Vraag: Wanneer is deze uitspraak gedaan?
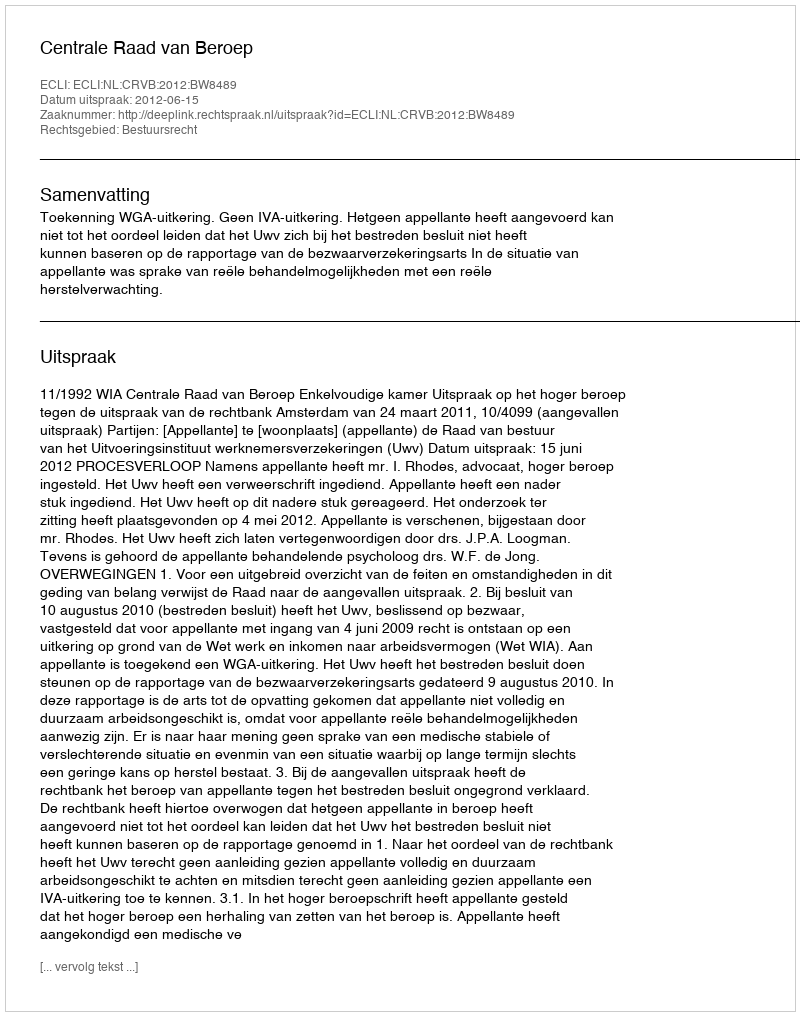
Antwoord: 2012-06-15